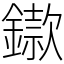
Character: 䥗